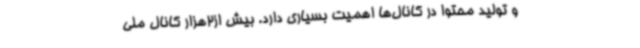
و تولید محتوا در کانال‌ها اهمیت بسیاری دارد. بیش از2هزار کانال ملی